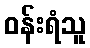
ဝန်းရံသူ